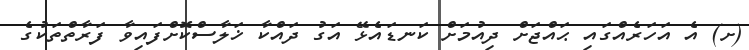
(ށ) އެ އަހަރެއްގައި ޙައްޖަށް ދިއުމަށް ކަނޑައެޅޭ އަގު ދައްކާ ޚަލާސްކޮށްފައިވާ ފަރާތްތަކުގެ